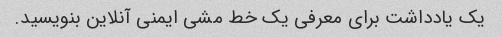
یک یادداشت برای معرفی یک خط مشی ایمنی آنلاین بنویسید.